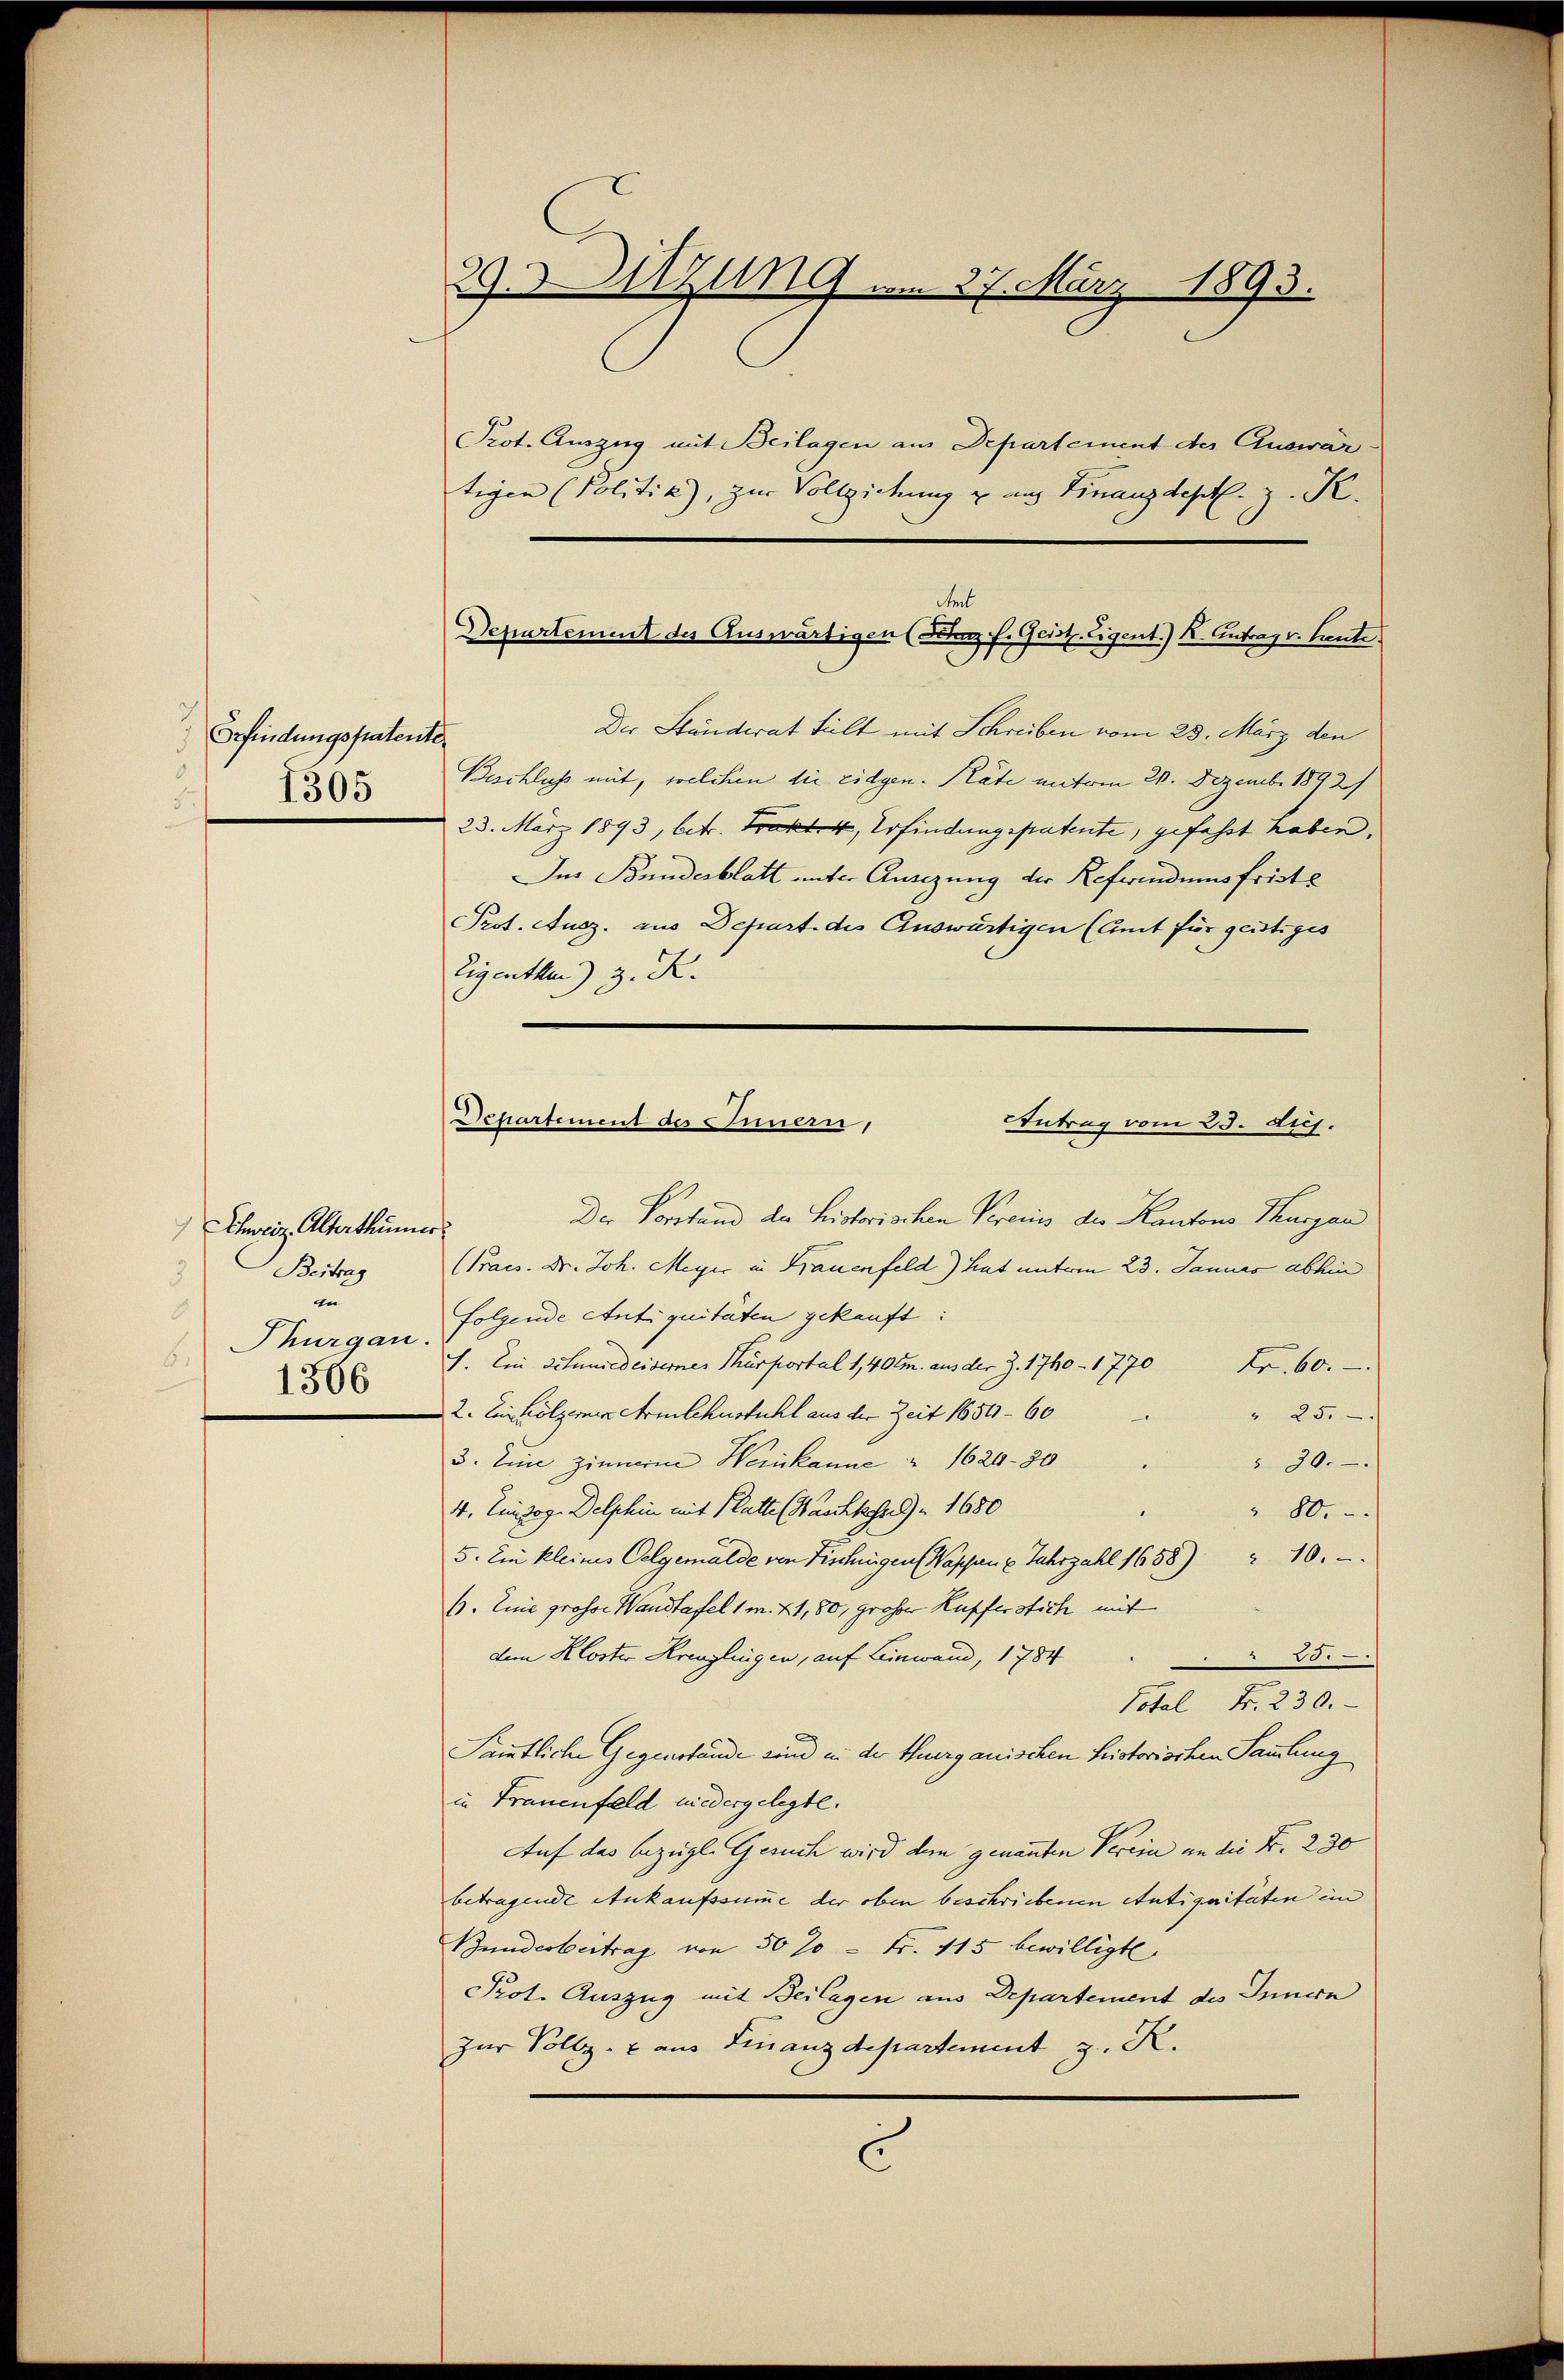
Erfindungspatente
1305

39. Sitzung am 27. März 1893.
Prot. Auszug mit Beilagen aus Departement des Auswärtigen Politik), zur Vollziehung u. aus Finanzdeptl. z. K.

mt
Departement des Auswärtigen (Stenz f. Geist. Eigent.) K. Antrag v. Heute

Schweiz, Alterthümer
Beitrag
3
an
8
Thurgau.
8.
1306

Der Ständerat Fult mit Schreiben vom 23. März den
Beschluss mit, welchen die Eidgen. Räte unterm 20. Dezember 1892/
23. März 1893, betr. Trakt. 4, Erfindungspatente, gefasst haben.
Ins Bundesblatt unter Ansizung der Referendungsfriste
Prot. Ausz. aus Depart des Auswärtigen (Amt für geistiges
Eigenther z. B.

Departement des Innern,
Antrag vom 23. huj.

Der Vorstand der Historischen Vereins der Kantons Thurgau
(Praes. Dr. Joh. Meyer in Frauenfeld) hat unterm 23. Januar abhin
folgende Antiquitäten gekauft:
1. Ein Schuedeisernes Thürportal 1,40 m aus der Z. 1760 - 1770 Fr. 60.
2. Einholzerner Armlehnstuhl aus der Zeit 1654 - 60
" 25.
3. Eine Zimmer Wein kanne 1620 - 30
 30.
44. Ein zog. Delphin mit Platte (Waschher 1680
 80.
5. Ein kleines Oelgemälde von Fischingen ( Wappen 6 Jahrzahl 1658) 10.
6. Eine grosse Wandtafel 1 m. 21, 80, großer Kupferstich mit
dem Kloster Kreuzlingen, auf Leinwand, 1784
00.
Total Fr. 230.
Sämmtliche Gegenstände sind in der Thurgauischen historischen Sammlung
in Frauenfeld niedergelegte.
Auf das bezügl. Gesuch wird den genannten Verein an die Fr. 230
betragende Ankaufssumme der oben beschriebenen Antiquitäten im
Bundesbertrag von 50% = Fr. 115 bewilligt
Prot. Auszug mit Beilagen aus Departement des Innern
zur Vollzu aus Finanzdepartement z. R.
C